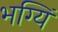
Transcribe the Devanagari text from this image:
भग्यिं